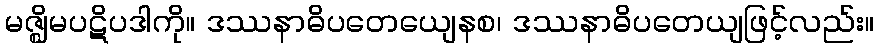
မဇ္ဈိမပဋိပဒါကို။ ဒဿနာဓိပတေယျေနစ၊ ဒဿနာဓိပတေယျဖြင့်လည်း။